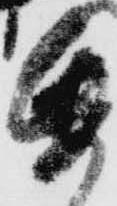
紙